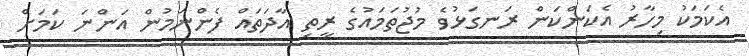
އެކަމަކު މިހާރު އެކަންކަން ރަނގަޅުވެ މުޖުތަމައުގެ ރީތި އާދަތައް ފެންނަމުން އަންނަ ކަމަށް